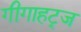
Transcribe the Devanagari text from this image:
गीगाहट्र्ज